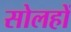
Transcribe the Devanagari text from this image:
सोलहों